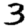
Digit: 3